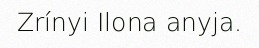
Zrínyi Ilona anyja.